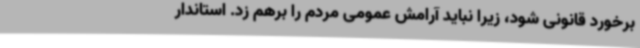
برخورد قانونی شود، زیرا نباید آرامش عمومی مردم را برهم زد. استاندار